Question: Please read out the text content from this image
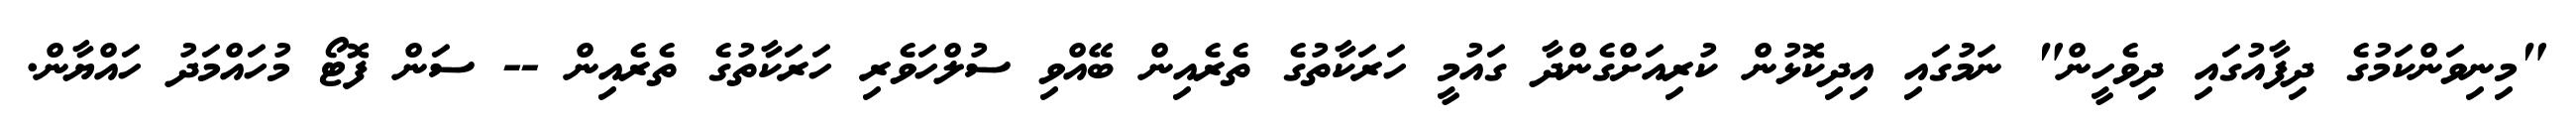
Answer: "މިނިވަންކަމުގެ ދިފާއުގައި ދިވެހީން" ނަމުގައި އިދިކޮޅުން ކުރިއަށްގެންދާ ގައުމީ ހަރަކާތުގެ ތެރެއިން ބޭއްވި ސުލްހަވެރި ހަރަކާތުގެ ތެރެއިން -- ސަން ފޮޓޯ މުހައްމަދު ހައްޔާން.